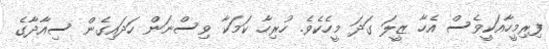
ފިރިމީހާއަކީވެސް އެހާ ޒީލަ ގަދަ މީހެކެވެ. ހުރިހާ ކަމަކާ ވިސްނަން ހަދައިގެން ސިއާދާގެ